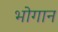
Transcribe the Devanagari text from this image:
भोगान